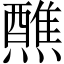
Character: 𬋕